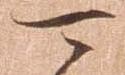
可